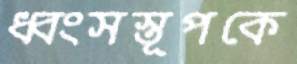
ধ্বংসস্তূপকে